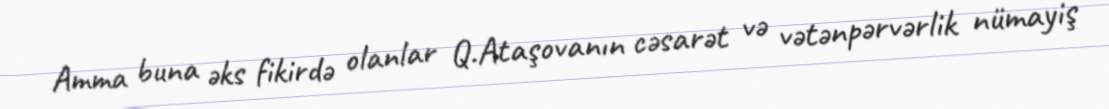
Amma buna əks fikirdə olanlar Q.Ataşovanın cəsarət və vətənpərvərlik nümayiş